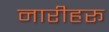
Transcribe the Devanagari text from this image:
नारीहरू